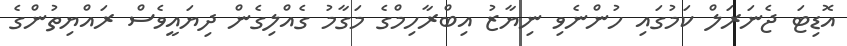
އޮޑިޓަ ޖެނަރަލް ކަމުގައި ހުންނެވި ނިޔާޒު އިބްރާހިމްގެ މަގާމު ގެއްލިގެން ދިޔައީވެސް ރައްޔިތުންގެ